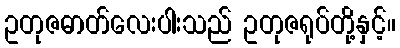
ဥတုဇဓာတ်လေးပါးသည် ဥတုဇရုပ်တို့နှင့်။